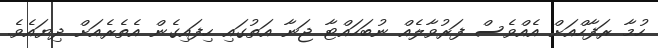
ހުމާ ރަފާހްއަށް އެއްވެސް ފަރުވާލެއް ނުބަހައްޓާ ޖަނާ އަތުގައި ހިފައިގެން އެތެރެއަށް ދިޔައެވެ.